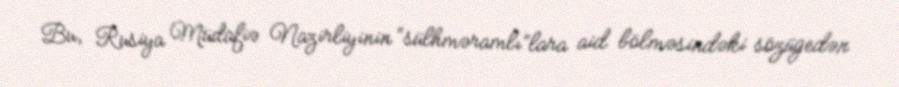
Bu, Rusiya Müdafiə Nazirliyinin “sülhməramlı”lara aid bölməsindəki sözügedən